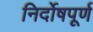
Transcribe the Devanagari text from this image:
निर्दोषपूर्ण